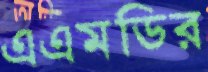
এএমডির